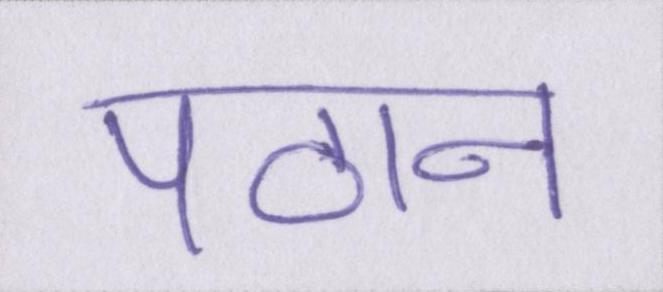
पठान